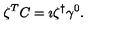
\zeta ^ { T } C = \imath \zeta ^ { \dagger } \gamma ^ { 0 } .